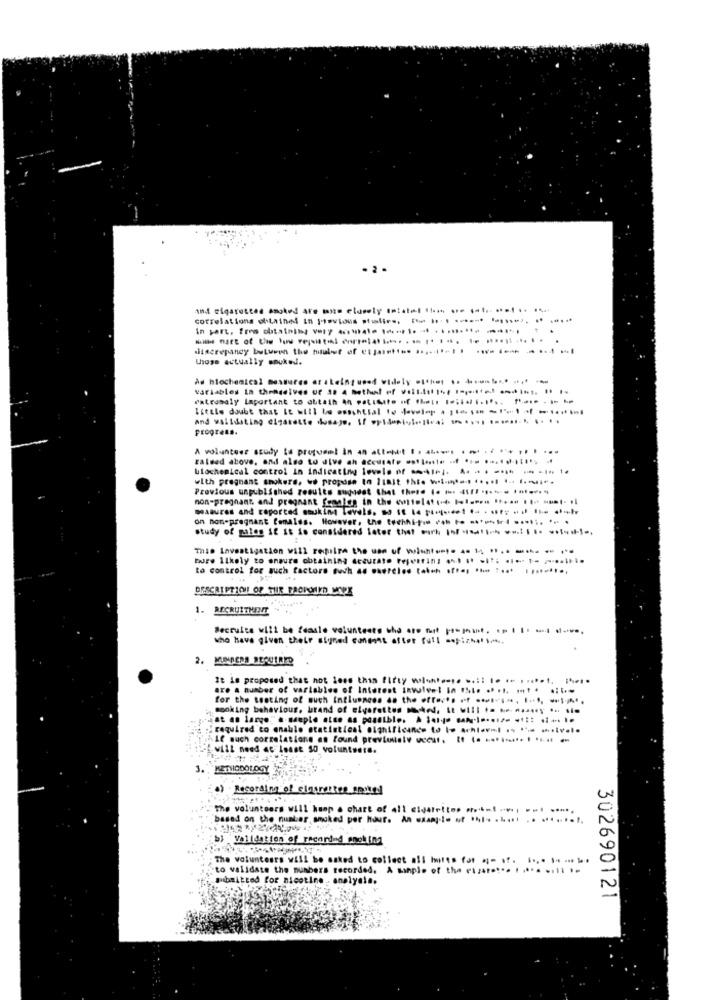
correlations obtained In previous stolies. [ .... .-*--* **** * *****
discrepancy buturen the malut of etasett .. ..... it -!
those actually snuked.
Ad biochemical Bestures ar steinyused widely .I.hos 1. ---- -- -
variables la themselves of 3: 4 Methat ef valli 1, 1 ---- -.... . 1
patronaly Important to obtain an patidate of her !*** li ..... .... ---
and validating cigarette kosaye, If wyldonille: ..... ...... ....
A volantese study ta profumml In an att -. .. .... ...........
zaleed above, and also to alve an accurate ......... ... ... .......... .
biochemical control in indicating levels of In). A. - . -*** - - 1. 1.
with pregnant smokers, we propose to limit the w ....... ..... ... ......
Previous unpublished results supodet that these (. .. (11/ ***** ******
non-pregnant. and pregnant females in the evttolet . 1 ..... ..... 11 -* *** t-il
measures and reported souking levels, so It le ping-de1 .. ... . .! ! *-*
on non-pregnant Comalss. However, the techhi ** ** * *****....... ..
study of gales if it is considered later that work 19/ i- --..... .*-***,
This Investigation will reilne the use of wichtet. 4. 1, " .. .... . .
more likely to ensure obtaining decurato Fejring ... .. .... ... .. ......
to control for such factors such as waereles tokoh off. ... .... ........;
DESCRIPTION OF THR FACHOMED MOVX
1. RECRUITMENT
Recruits will be fesale volunteers the aro nut po-passt. ..... mi save.
who have given their signed condat after full ..: z .......
KUINDERS REAUTARD
It is proposed that not less than fifty walsht .... ..:: .. .. ..... 1. 1 ****
are a number of variables of Interest inwivel in !.. .... ... ...
for the testing of such Influeness as the stress - ---, I- -.
cooking behaviour. brand of elorettes med, It will .. ... ..... .. .
at an large:' a mepte atte as possible. . .... .......... .... .....
required to enable statistical significance to lo Achiov=l .s -- -. iv ...
10 much correlations an found previously weour. It (. ........ . .....
will need at least 50 volunteers.
METHODOLOGY
.) - Recording of cigarettes sentral
The volunteers will hoop . chart of all cigarette. ..... ... .. .....
based on the number smoked per hour. An wap .! e .f .... ..... . . .......
b) Validation of recordnd enokina
; The volunteers will be asked to collect all Imutts for #- of.
..-- -.
"to validate the numbers recorded. A sample of the eizar .... . .... ... )-
Submitted for nicotine . analysis.
302690121